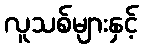
လူသစ်များနှင့်